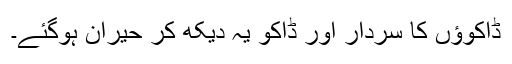
ڈاکوؤں کا سردار اور ڈاکو یہ دیکھ کر حیران ہوگئے۔